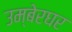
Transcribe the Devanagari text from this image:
उम्बेरघर